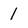
Character: 1